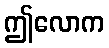
ဤလောက